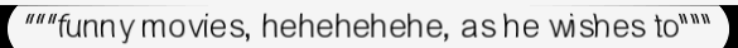
"""funny movies, hehehehehe, as he wishes to"""